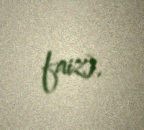
faiz).